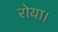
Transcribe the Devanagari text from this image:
रोया।